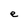
Character: e